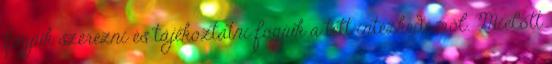
fogjuk szerezni és tájékoztatni fogjuk a tett intézkedésről. Mielőtt